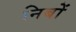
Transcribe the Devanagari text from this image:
निबों